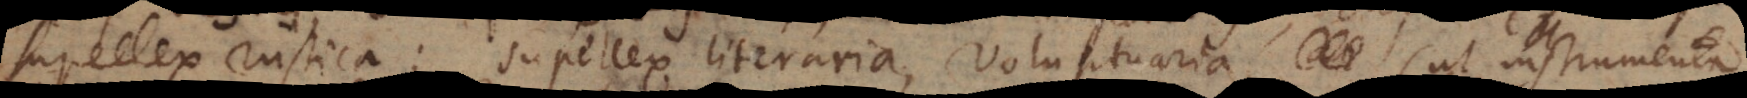
Supellex rustica; Supellex literaria, voluptuaria (ut instrumenta